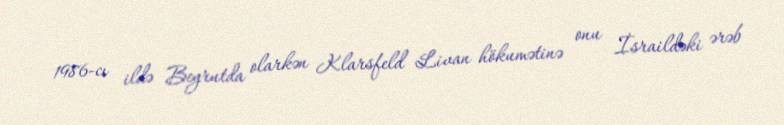
1986-cı ildə Beyrutda olarkən Klarsfeld Livan hökumətinə onu İsraildəki ərəb